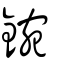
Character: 鋺